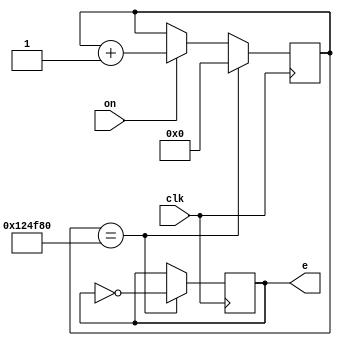
`timescale 1ns / 1ps

module reloj_1(clk, e,on); 
input clk,on;//entrada reloj principal del constrain  file
output reg e; //salida del reloj 

reg [31:0] z;
parameter y = 32'd1200000;//aqui de ajusta la frecuencia

always @(posedge clk)
begin
if(on)
z <= z + 1;
if (z == y)
begin 
z <=0;
e <= ~e;
end
end 


endmodule